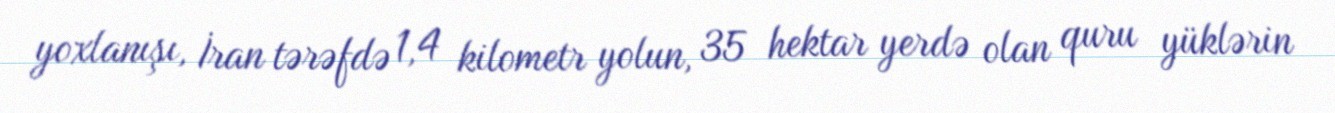
yoxlanışı, İran tərəfdə 1,4 kilometr yolun, 35 hektar yerdə olan quru yüklərin